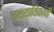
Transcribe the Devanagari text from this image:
आख्यायिकांची